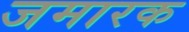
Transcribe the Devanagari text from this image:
जमारक